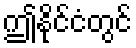
ဤနိုင်ငံတွင်